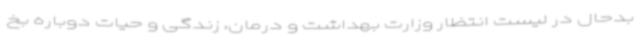
بدحال در لیست انتظار وزارت بهداشت و درمان، زندگی و حیات دوباره بخ